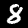
Label: 8